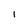
Character: I